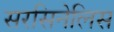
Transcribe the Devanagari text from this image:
सरसिनेलिस